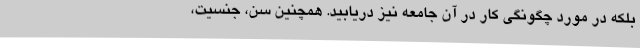
بلکه در مورد چگونگی کار در آن جامعه نیز دریابید. همچنین سن، جنسیت،